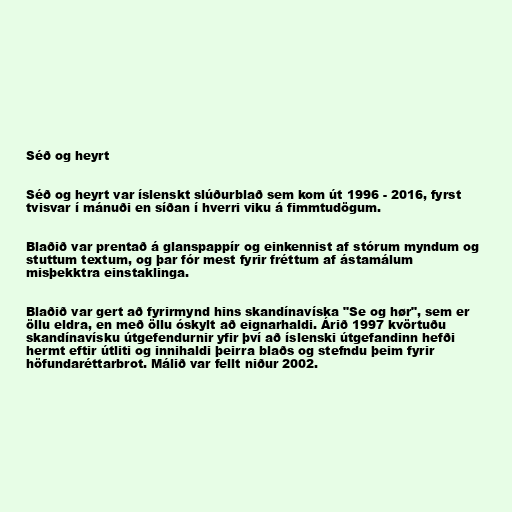
Séð og heyrt

Séð og heyrt var íslenskt slúðurblað sem kom út 1996 - 2016, fyrst
tvisvar í mánuði en síðan í hverri viku á fimmtudögum.

Blaðið var prentað á glanspappír og einkennist af stórum myndum og
stuttum textum, og þar fór mest fyrir fréttum af ástamálum
misþekktra einstaklinga.

Blaðið var gert að fyrirmynd hins skandínavíska "Se og hør", sem er
öllu eldra, en með öllu óskylt að eignarhaldi. Árið 1997 kvörtuðu
skandínavísku útgefendurnir yfir því að íslenski útgefandinn hefði
hermt eftir útliti og innihaldi þeirra blaðs og stefndu þeim fyrir
höfundaréttarbrot. Málið var fellt niður 2002.